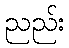
ညည်း